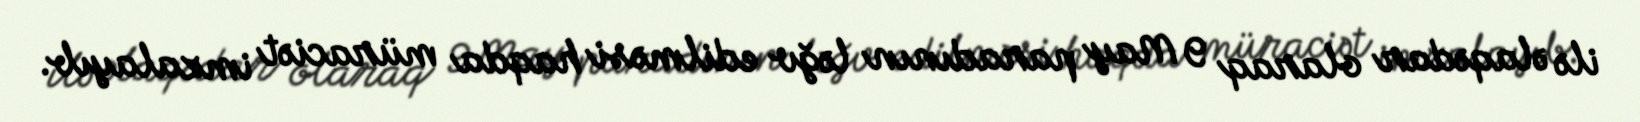
ilə əlaqədar olaraq 9 May paradının ləğv edilməsi haqda müraciət imzalayıb.